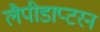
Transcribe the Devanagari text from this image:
लैपीडाप्टरन